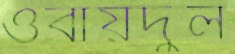
ওবায়দুল